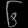
Digit: ၆